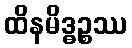
ထိနမိဒ္ဓဉ္စဿ